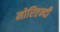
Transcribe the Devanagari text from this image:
मोरिएन्दी